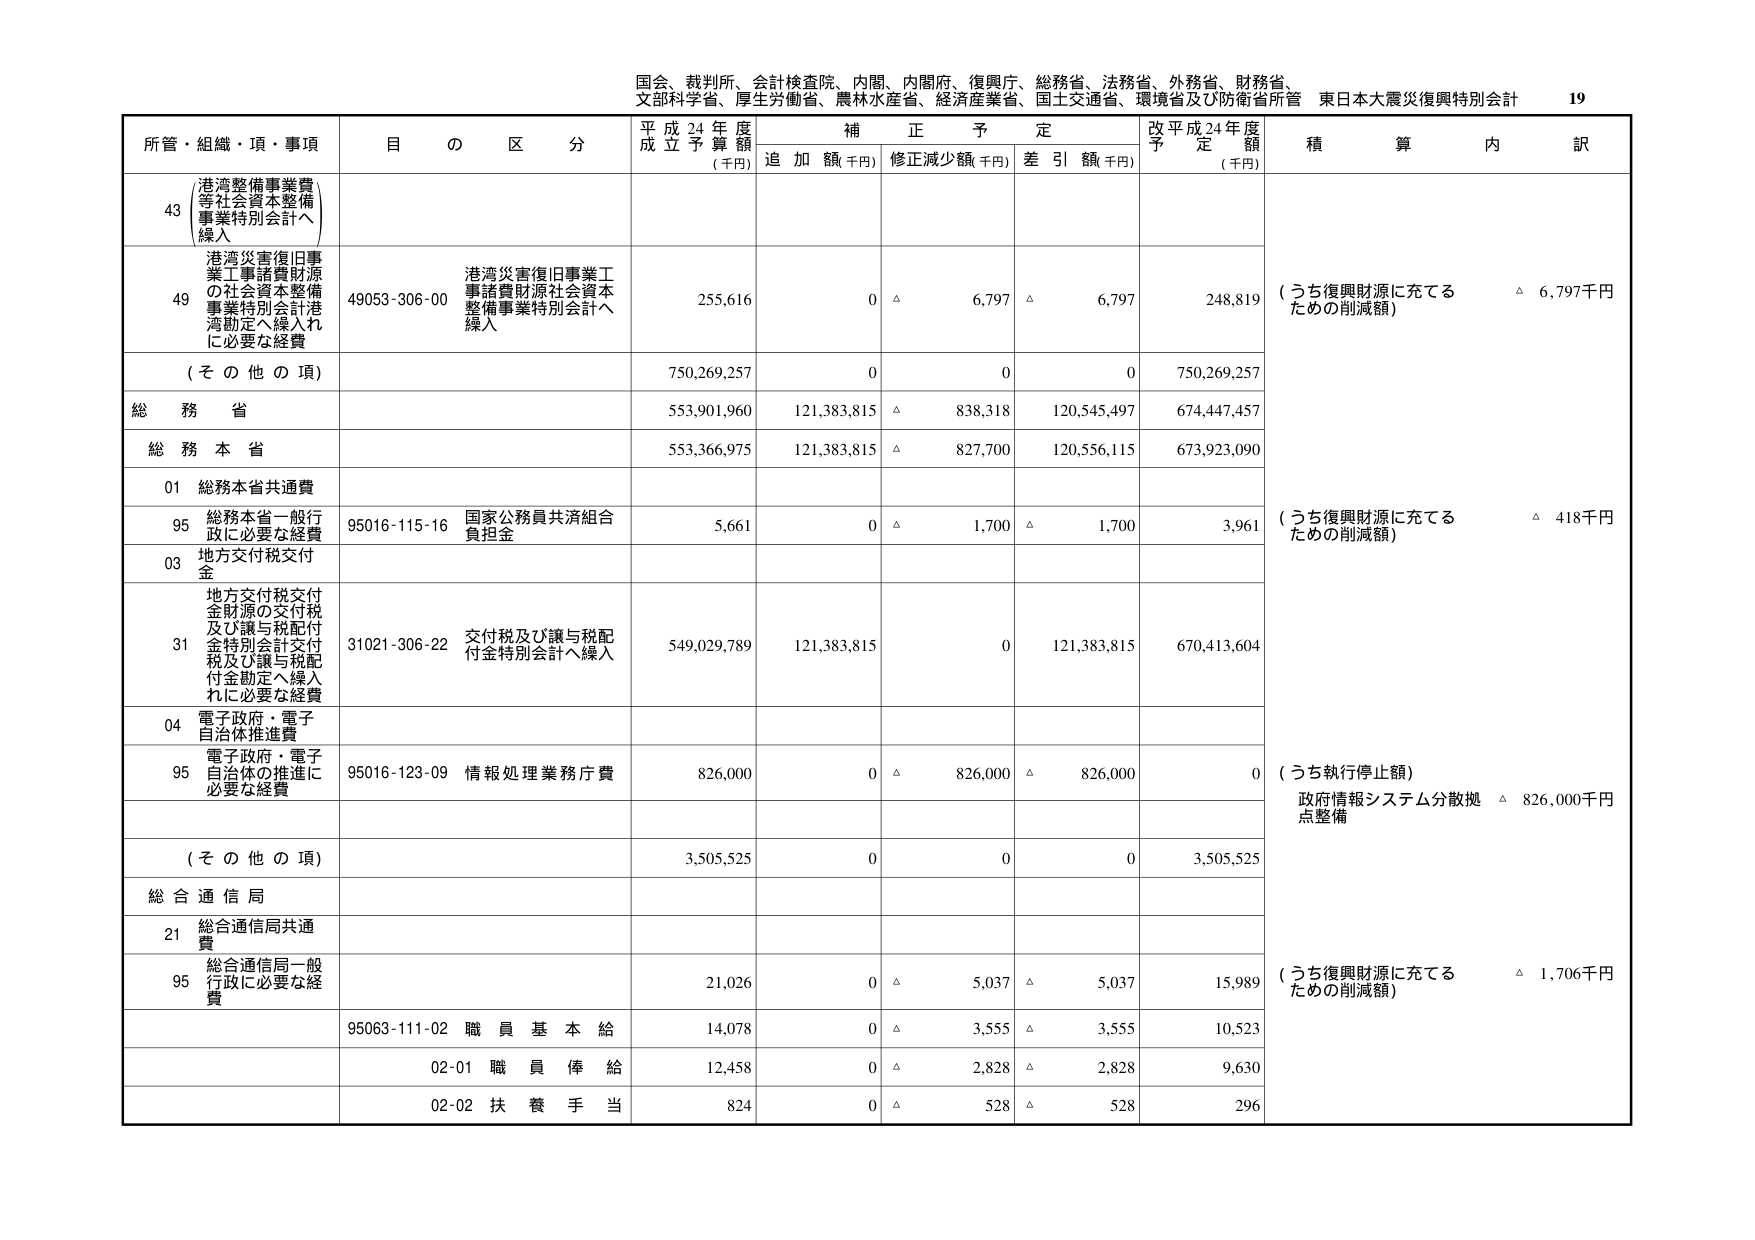
国会、裁判所、会計検査院、内閣、内閣府、復興庁、総務省、法務省、外務省、財務省、
文部科学省、厚生労働省、農林水産省、経済産業省、国土交通省、環境省及び防衛省所管 東日本大震災復興特別会計 19

所管・組織・項・事項 目 の 区 分 平成24年度 成立予算額 (千円) 補正予定 追加額(千円) 修正減少額(千円) 差引額(千円) 改平成24年度 予定額 (千円) 積算 内訳

43 港湾整備事業費 等社会資本整備 事業特別会計へ 繰入

49 港湾災害復旧事業工事諸費財源 の社会資本整備 事業特別会計港 湾勘定へ繰入れ に必要な経費 49053-306-00 港湾災害復旧事業工 事諸費財源社会資本 整備事業特別会計へ 繰入 255,616 0 △ 6,797 △ 6,797 248,819 (うち復興財源に充てる ための削減額) △ 6,797千円

(その他の項) 750,269,257 0 0 0 750,269,257

総務省 553,901,960 121,383,815 △ 838,318 120,545,497 674,447,457

総務本省 553,366,975 121,383,815 △ 827,700 120,556,115 673,923,090

01 総務本省共通費

95 総務本省一般行 政に必要な経費 95016-115-16 国家公務員共済組合 負担金 5,661 0 △ 1,700 △ 1,700 3,961 (うち復興財源に充てる ための削減額) △ 418千円

03 地方交付税交付 金

31 地方交付税交付 金財源の交付税 及び譲与税配付 金特別会計交付 税及び譲与税配 付金勘定へ繰入 れに必要な経費 31021-306-22 交付税及び譲与税配 付金特別会計へ繰入 549,029,789 121,383,815 0 121,383,815 670,413,604

04 電子政府・電子 自治体推進費

95 電子政府・電子 自治体の推進に 必要な経費 95016-123-09 情報処理業務庁費 826,000 0 △ 826,000 △ 826,000 0 (うち執行停止額) 政府情報システム分散拠 点整備 △ 826,000千円

(その他の項) 3,505,525 0 0 0 3,505,525

総合通信局

21 総合通信局共通 費

95 総合通信局一般 行政に必要な経 費 21,026 0 △ 5,037 △ 5,037 15,989 (うち復興財源に充てる ための削減額) △ 1,706千円

95063-111-02 職員基本給 14,078 0 △ 3,555 △ 3,555 10,523

02-01 職員俸給 12,458 0 △ 2,828 △ 2,828 9,630

02-02 扶養手当 824 0 △ 528 △ 528 296